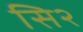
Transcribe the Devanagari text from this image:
सि२